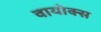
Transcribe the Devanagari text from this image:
वायोक्स